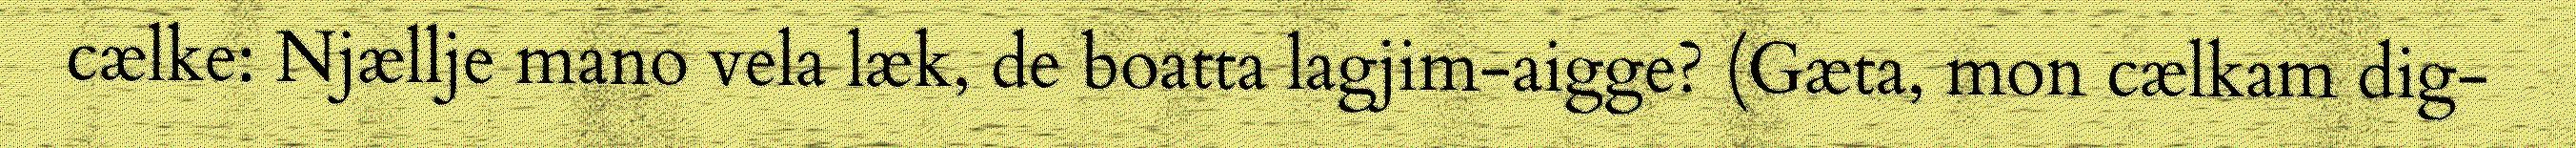
cælke: Njællje mano vela læk, de boatta lagjim-aigge? (Gæta, mon cælkam dig-